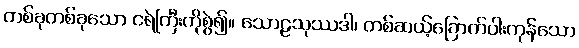
တစ်ခုတစ်ခုသော ငရဲကြီးကိုစွဲ၍။ သောဠသုဿဒါ၊ တစ်ဆယ့်ခြောက်ပါးကုန်သော